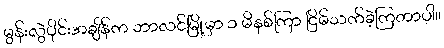
မွန်းလွဲပိုင်းအချိန်က ဘာလင်မြို့မှာ ၁ မိနစ်ကြာ ငြိမ်သက်ခဲ့ကြတာပါ။